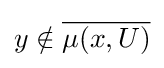
y\notin {\overline {\mu (x,U)}}